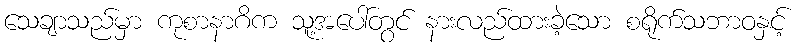
သေချာသည်မှာ ကုစာနာဂိက သူ့အပေါ်တွင် နားလည်ထားခဲ့သော စရိုက်သဘာဝနှင့်